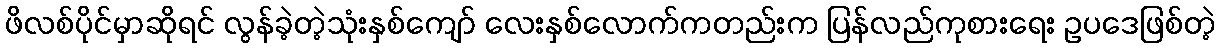
ဖိလစ်ပိုင်မှာဆိုရင် လွန်ခဲ့တဲ့သုံးနှစ်ကျော် လေးနှစ်လောက်ကတည်းက ပြန်လည်ကုစားရေး ဥပဒေဖြစ်တဲ့